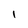
Character: I